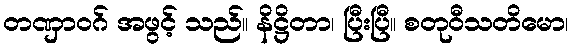
တဏှာဝဂ် အဖွင့် သည်။ နိဋ္ဌိတာ၊ ပြီးပြီ။ စတုဝီသတိမော၊